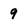
Character: 9